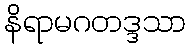
နိရာမဂတဒ္ဒသာ